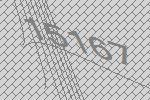
15167